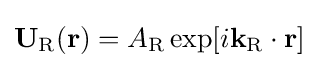
\mathbf {U_{\text{R}}} (\mathbf {r} )=A_{\text{R}}\exp[i\mathbf {k_{\text{R}}} \cdot \mathbf {r} ]